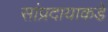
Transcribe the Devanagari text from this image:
सांप्रदायाकडे